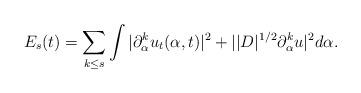
LaTeX: \begin{align*} E_s(t)=\sum_{k\leq s}\int |\partial_{\alpha}^k u_t(\alpha,t)|^2+||D|^{1/2}\partial_{\alpha}^ku|^2 d\alpha.\end{align*}